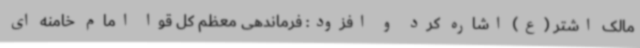
مالک اشتر (ع) اشاره کرد و افزود: فرماندهی معظم کل قوا امام خامنه ای